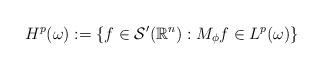
LaTeX: \begin{align*}H^p(\omega):=\{f\in\mathcal{S}'(\mathbb{R}^n):M_\phi f\in L^p(\omega)\}\end{align*}